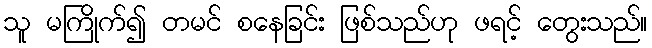
သူ မကြိုက်၍ တမင် စနေခြင်း ဖြစ်သည်ဟု ဖရင့် တွေးသည်။